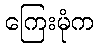
ကြေးမုံက